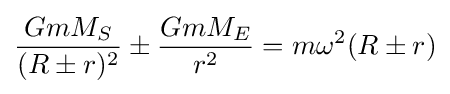
{\frac {GmM_{S}}{(R\pm r)^{2}}}\pm {\frac {GmM_{E}}{r^{2}}}=m\omega ^{2}(R\pm r)